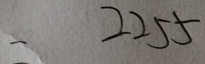
= 2 2 5 5